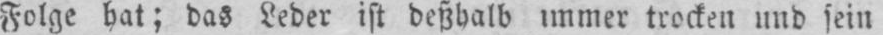
Folge hat; das Leder ist deßhalb immer trocken und sein